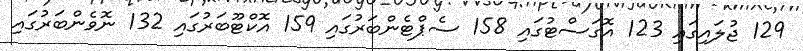
129 ޖުލައިގައި 123 އޮގަސްޓުގައި 158 ސެޕްޓެންބަރުގައި 159 އޮކްޓޫބަރުގައި 132 ނޮވެންބަރުގައި